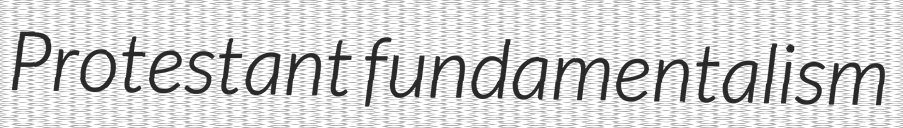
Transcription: Protestant fundamentalism